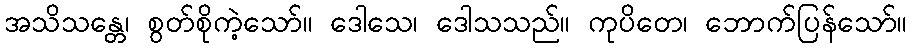
အသိသန္တေ၊ စွတ်စိုကဲ့သော်။ ဒေါသေ၊ ဒေါသသည်။ ကုပိတေ၊ ဘောက်ပြန်သော်။